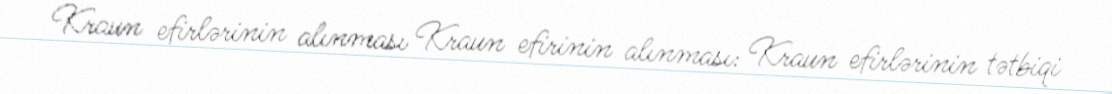
Kraun efirlərinin alınması Kraun efirinin alınması: Kraun efirlərinin tətbiqi